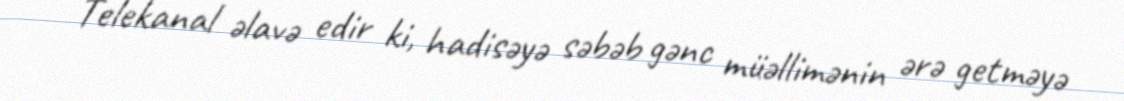
Telekanal əlavə edir ki, hadisəyə səbəb gənc müəllimənin ərə getməyə